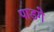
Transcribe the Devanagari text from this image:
पाडगे